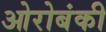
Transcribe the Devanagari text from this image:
ओरोबंकी